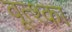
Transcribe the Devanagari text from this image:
वूत्श्का